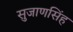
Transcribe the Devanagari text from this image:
सुजाणसिंह